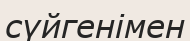
сүйгенімен